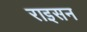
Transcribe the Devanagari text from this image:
राइसन